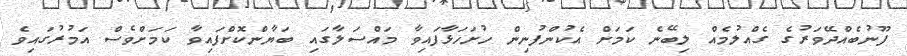
ފޫނުބެއްދޭވަރުގެ ގެއްލުމެއް ލިބޭނެ ކަމަށް އެކުންފުނިން ހުށަހަޅާފައިވާ މައްސަލާގައި ބަޔާންކޮށްފައިވާ ކަަމަށްވެސް އަމުރުގައިވެ